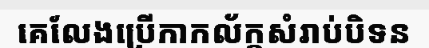
គេលែងប្រើកាកល័ក្តសំរាប់បិទន